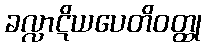
ခလ္လာဋိယပေတိဝတ္ထု